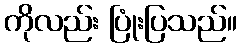
ကိုလည်း ပြုံးပြသည်။